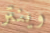
وينتر